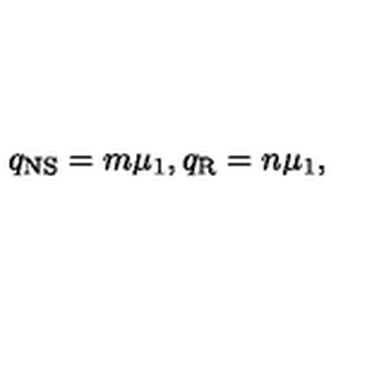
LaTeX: q _ { \mathrm { N S } } = m \mu _ { 1 } , q _ { \mathrm { R } } = n \mu _ { 1 } ,